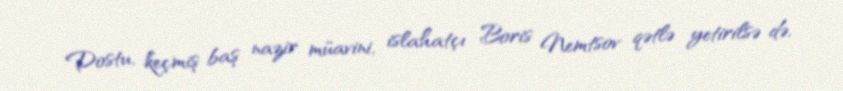
Dostu, keçmiş baş nazir müavini, islahatçı Boris Nemtsov qətlə yetirilsə də,